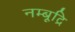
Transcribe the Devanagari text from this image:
नम्बूद्रि